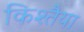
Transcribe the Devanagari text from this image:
किश्तैया